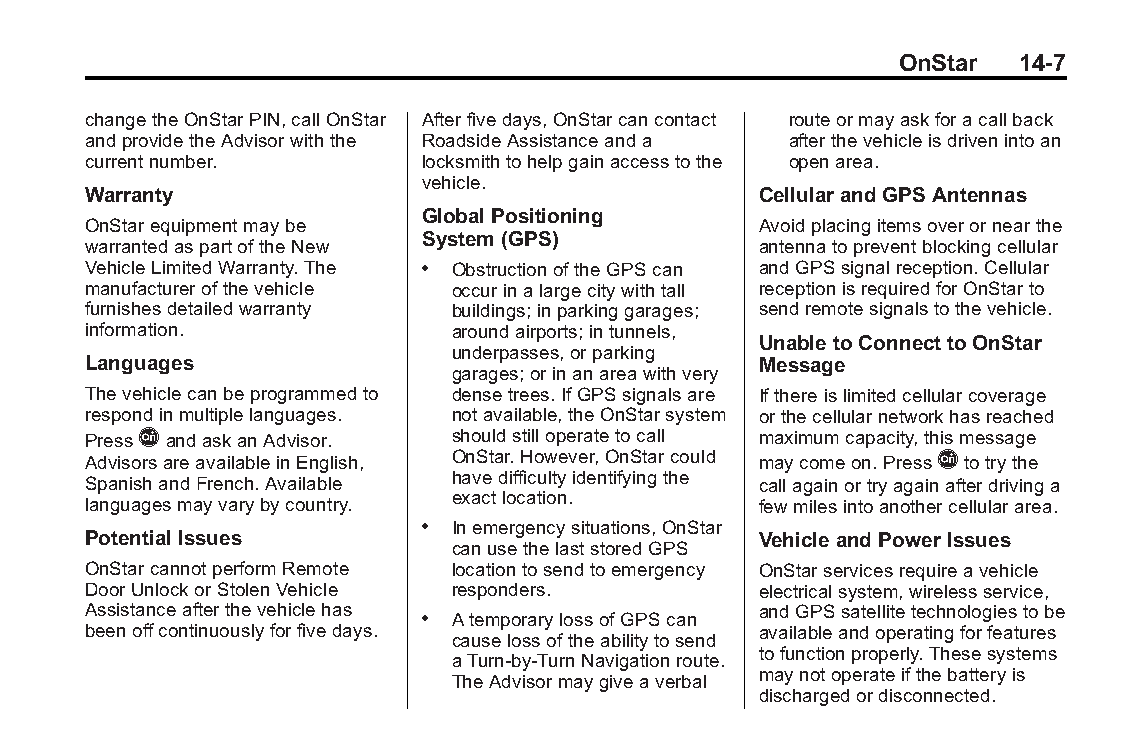
Buick LaCrosse Owner Manual (GMNA-Localizing-U.S./Canada/Mexico- Blackplate(7,1)
 6043609)-2014-2ndEdition-10/17/13
 OnStar  14-7
 changetheOnStarPIN,callOnStar Afterfivedays,OnStarcancontact routeormayaskforacallback
 andprovidetheAdvisorwiththe RoadsideAssistanceanda afterthevehicleisdrivenintoan
 currentnumber.         locksmithtohelpgainaccesstothe openarea.
 vehicle.
 Warranty                                     Cellular and GPS Antennas
 Global Positioning
 OnStarequipmentmaybe                         Avoidplacingitemsoverornearthe
 System (GPS)
 warrantedaspartoftheNew                      antennatopreventblockingcellular
 VehicleLimitedWarranty.The . ObstructionoftheGPScan andGPSsignalreception.Cellular
 manufacturerofthevehicle occurinalargecitywithtall receptionisrequiredforOnStarto
 furnishesdetailedwarranty buildings;inparkinggarages; sendremotesignalstothevehicle.
 information.             aroundairports;intunnels,
 Unable to Connect to OnStar
 underpasses,orparking
 Languages                                    Message
 garages;orinanareawithvery
 Thevehiclecanbeprogrammedto densetrees.IfGPSsignalsare Ifthereislimitedcellularcoverage
 respondinmultiplelanguages. notavailable,theOnStarsystem orthecellularnetworkhasreached
 PressQandaskanAdvisor.   shouldstilloperatetocall maximumcapacity,thismessage
 AdvisorsareavailableinEnglish, OnStar.However,OnStarcould maycomeon.PressQtotrythe
 SpanishandFrench.Available havedifficultyidentifyingthe callagainortryagainafterdrivinga
 languagesmayvarybycountry. exactlocation.    fewmilesintoanothercellulararea.
 . Inemergencysituations,OnStar
 Potential Issues                             Vehicle and Power Issues
 canusethelaststoredGPS
 OnStarcannotperformRemote locationtosendtoemergency OnStarservicesrequireavehicle
 DoorUnlockorStolenVehicle responders.        electricalsystem,wirelessservice,
 Assistanceafterthevehiclehas                 andGPSsatellitetechnologiestobe
 . AtemporarylossofGPScan
 beenoffcontinuouslyforfivedays.              availableandoperatingforfeatures
 causelossoftheabilitytosend
 tofunctionproperly.Thesesystems
 aTurn-by-TurnNavigationroute.
 maynotoperateifthebatteryis
 TheAdvisormaygiveaverbal
 dischargedordisconnected.